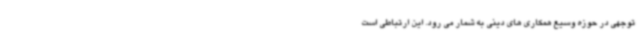
توجهی در حوزه وسیع همکاری های دینی به شمار می رود. این ارتباطی است